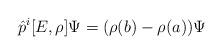
LaTeX: \begin{align*}\hat{p}^i[E,\rho]\Psi=(\rho(b)-\rho(a))\Psi\end{align*}